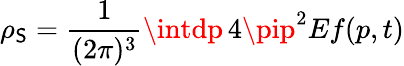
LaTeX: \rho_{\mathsf{S}}=\frac{{1}}{{(2\pi)^{3}}}\intdp\, 4\pip^{2}Ef(p,t)